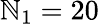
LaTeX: \mathbb{N}_{1}=20